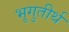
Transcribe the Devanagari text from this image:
भृगुतीर्थ